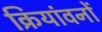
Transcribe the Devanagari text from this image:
क्रियांवनों